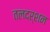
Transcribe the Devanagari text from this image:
तलदर्शन